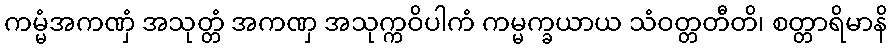
ကမ္မံအကဏှံ အသုတ္တံ အကဏှ အသုက္ကဝိပါကံ ကမ္မက္ခယာယ သံဝတ္တတီတိ၊ စတ္တာရိမာနိ